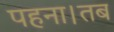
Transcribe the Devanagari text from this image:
पहना।तब